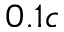
0 . 1 c